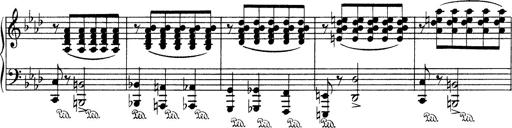
Title: Variationen Ã¼ber das Motiv von Bach
Composer: Franz Liszt